Lunatic asylums Central Provinces reports 1910-1926 - 1910-1926
Year: 1910
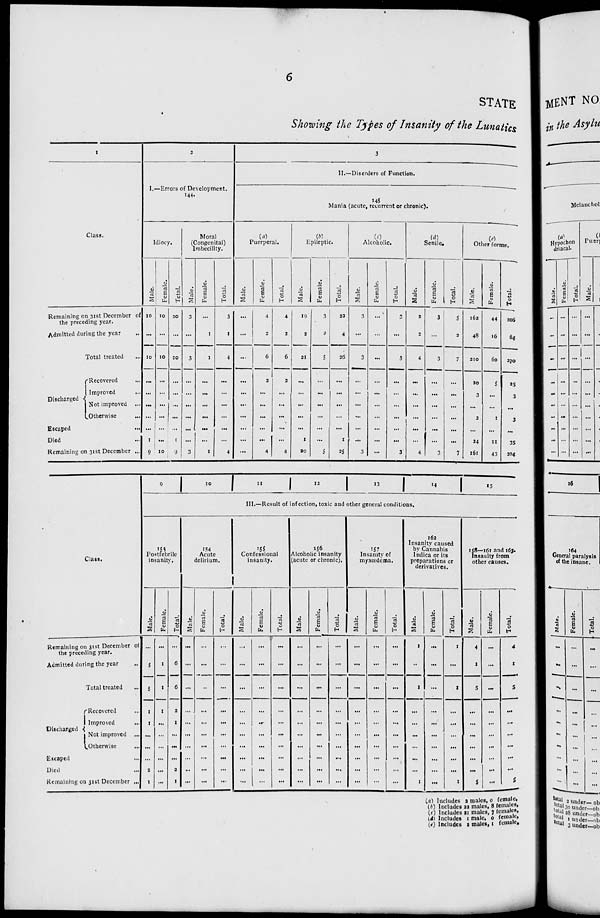
6
STATE
Showing the Types of Insanity of the Lunatics
1
Class.
Remaining on 31st December of
the preceding year.
Admitted during the year ...
Total treated ...
Discharged
Recovered ...
Improved
...
Not improved ...
Otherwise ...
Escaped
...
Died ...
Remaining on 31st December ...
2
I.—Errors of Development.
144.
Idiocy.
Male.
10
...
10
...
...
...
...
...
1
9
Female.
10
...
10
...
...
...
...
...
...
10
Total.
20
...
20
...
...
...
...
...
1
19
Moral
(Congenital)
Imbecility.
Male.
3
...
3
...
...
...
...
...
...
3
Female.
...
1
1
...
...
...
...
...
...
1
Total.
3
1
4
...
...
...
...
...
...
4
3
II.—Disorders of Function.
145
Mania (acute, recurrent or chronic).
(a)
Puerperal.
Male.
...
...
...
...
...
...
...
...
...
...
Female.
4
2
6
2
...
...
...
...
...
4
Total.
4
2
6
2
...
...
...
...
...
4
(b)
Epileptic.
Male.
19
2
21
...
...
...
...
...
1
20
Female.
3
2
5
...
...
...
...
...
...
5
Total.
22
4
26
...
...
...
...
...
1
25
(c)
Alcoholic.
Male.
3
...
3
...
...
...
...
...
...
3
Female.
...
...
...
...
...
...
...
...
...
...
Total.
3
...
3
...
...
...
...
...
...
3
(d)
Senile.
Male.
2
2
4
...
...
...
...
...
...
4
Female.
3
...
3
...
...
...
...
...
...
3
Total.
5
2
7
...
...
...
...
...
...
7
(e)
Other forms.
Male.
162
48
210
20
3
...
2
...
24
161
Female.
44
16
60
5
...
...
1
...
11
43
Total.
206
64
270
25
3
...
3
...
35
204
Class.
Remaining on 31st December of
the preceding year.
Admitted during the year ...
Total treated ...
Discharged
Recovered ...
Improved
...
Not improved ...
Otherwise ...
Escaped ...
Died ...
Remaining on 31st December ...
9 10
11
12
13
14
15
III.—Result of infection, toxic and other general conditions.
153
Postfebrile
insanity.
Male.
...
5
5
1
1
...
...
...
2
1
Female.
...
1
1
1
...
...
...
...
...
...
Total.
...
6
6
2
1
...
...
...
2
1
154
Acute
delirium.
Male.
...
...
...
...
...
...
...
...
...
...
Female.
...
...
...
...
...
...
...
...
...
...
Total.
...
...
...
...
...
...
...
...
...
...
155
Confessional
insanity.
Male.
...
...
...
...
...
...
...
...
...
...
Female.
...
...
...
...
...
...
...
...
...
...
Total.
...
...
...
...
...
...
...
...
...
...
156
Alcoholic insanity
(acute or chronic).
Male.
...
...
...
...
...
...
...
...
...
...
Female.
...
...
...
...
...
...
...
...
...
...
Total.
...
...
...
...
...
...
...
...
...
...
157
Insanity of
myxœdema.
Male.
...
...
...
...
...
...
...
...
...
...
Female.
...
...
...
...
...
...
...
...
...
...
Total.
...
...
...
...
...
...
...
...
...
...
162
Insanity caused
by Cannabis
Indica or its
preparations or
derivatives.
Male.
1
...
1
...
...
...
...
...
...
1
Female.
...
...
...
...
...
...
...
...
...
...
Total.
1
...
1
...
...
...
...
...
...
1
158—161 and 163.
Insanity from
other causes.
Male.
4
1
5
...
...
...
...
...
...
5
Female.
...
...
...
...
...
...
...
...
...
...
Total.
4
1
5
...
...
...
...
...
...
5
(a) Includes 2 males, 0 female,
(b) Includes 22 males, 8 females,
(c) Includes 21 males, 7 females,
(d) Includes 1 male, 0 female,
(e) Includes 2 males, 1 female,